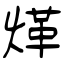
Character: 煂